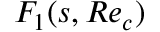
F _ { 1 } ( s , R e _ { c } )